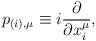
LaTeX: \begin{align*}p_{(i),\mu} \equiv i \frac{\partial}{\partial x_{i}^{\mu}} ,\end{align*}